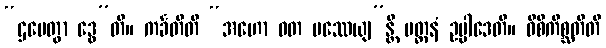
“ဌပေတွာ ဒွေ”တိ။ ကင်္ခတီတိ “အဟော ဝတ ပဿေယျ”န္တိ ပတ္ထနံ ဥပ္ပါဒေတိ။ ဝိစိကိစ္ဆတီတိ